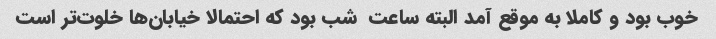
خوب بود و کاملا به موقع آمد البته ساعت  شب بود که احتمالا خیابان‌ها خلوت‌تر است